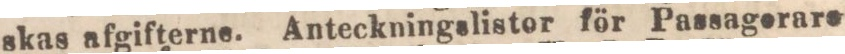
skas afgifterne. Anteckningslistor för Passagerare